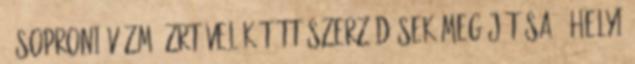
- Soproni Vízmű Zrt-vel kötött szerződések megújítása - Helyi